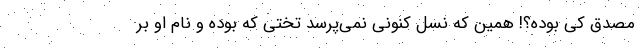
مصدق کی بوده؟! همین که نسل کنونی نمی‌پرسد تختی که بوده و نام او بر